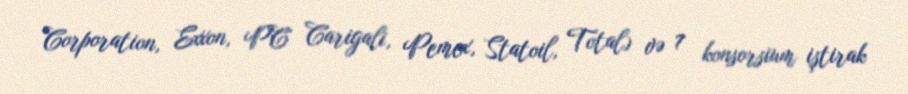
Corporation, Exxon, PC Carigali, Pemex, Statoil, Total) və 7 konsorsium iştirak